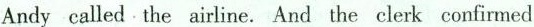
Andy called the airline. And the clerk conlirmed